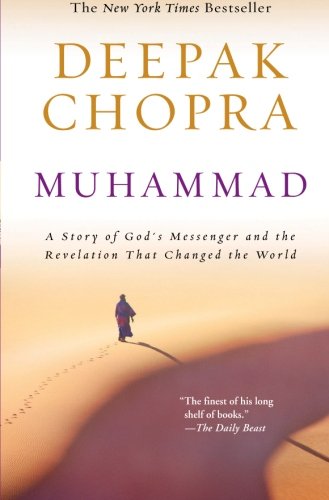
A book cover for Muhammad: A Story of God's Messenger and the Revelation That Changed the World (Enlightenment Series); Deepak Chopra; Literature & Fiction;